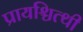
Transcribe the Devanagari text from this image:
प्रायश्चित्थी